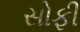
સોફી